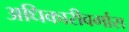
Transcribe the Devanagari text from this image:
अधिकारीवर्गास